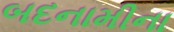
બદનામીના